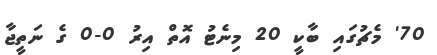
70' މެޗުގައި ބާކީ 20 މިނެޓު އޮތް އިރު 0-0 ގެ ނަތީޖާ